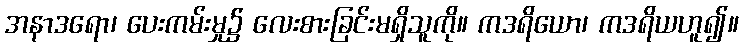
အနာဒရော၊ ပေးကမ်းမှု၌ လေးစားခြင်းမရှိသူကို။ ကဒရိယော၊ ကဒရိယဟူ၍။